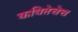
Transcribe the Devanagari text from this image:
कवितेचेच